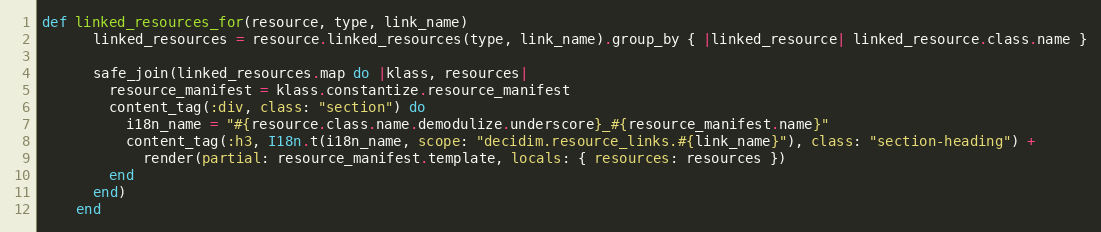
Language: Ruby
def linked_resources_for(resource, type, link_name)
      linked_resources = resource.linked_resources(type, link_name).group_by { |linked_resource| linked_resource.class.name }

      safe_join(linked_resources.map do |klass, resources|
        resource_manifest = klass.constantize.resource_manifest
        content_tag(:div, class: "section") do
          i18n_name = "#{resource.class.name.demodulize.underscore}_#{resource_manifest.name}"
          content_tag(:h3, I18n.t(i18n_name, scope: "decidim.resource_links.#{link_name}"), class: "section-heading") +
            render(partial: resource_manifest.template, locals: { resources: resources })
        end
      end)
    end